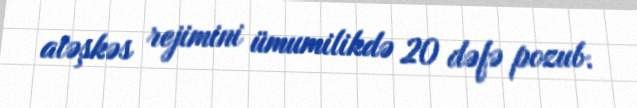
atəşkəs rejimini ümumilikdə 20 dəfə pozub.